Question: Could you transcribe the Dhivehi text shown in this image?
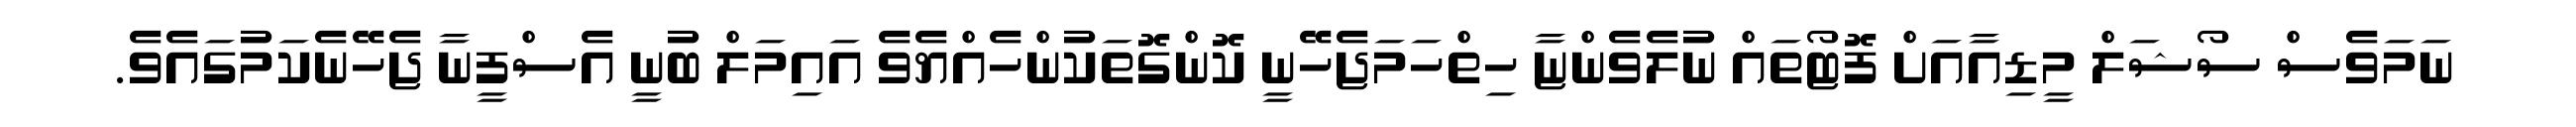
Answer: ނަމަވެސް ސޯޝަލް މީޑިއާއަށް ފޮޓޯތައް ނުލެވެންޏާ ހިތްހަމަޖެހޭނީ ކޮންގޮތަކުންހެއްޔެވެ އައިމަލް ބުނީ އެސްފީނާ ޖެހޭނެކަމުގައެވެ.